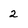
Character: 2